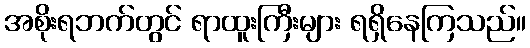
အစိုးရဘက်တွင် ရာထူးကြီးများ ရရှိနေကြသည်။